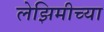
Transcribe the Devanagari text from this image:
लेझिमीच्या